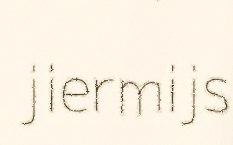
jiermijs